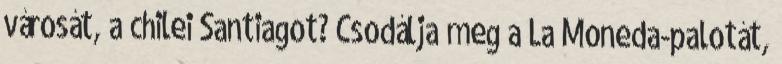
városát, a chilei Santiagot? Csodálja meg a La Moneda-palotát,